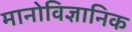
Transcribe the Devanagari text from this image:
मानोविज्ञानिक